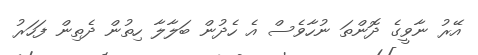
އޭރު ނާވީގެ ދޮންތަ ނުހާވެސް އެ ހެދުން ބަލާލާ ހިތުން ދެތިން ފަހަރު